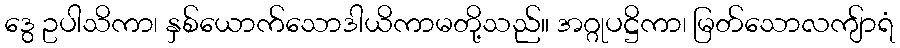
ဒွေ ဥပါသိကာ၊ နှစ်ယောက်သောဒါယိကာမတို့သည်။ အဂ္ဂုပဋ္ဌိကာ၊ မြတ်သောလကျ်ာရံ